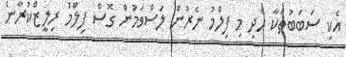
އެކި ސަބަބުތަކާ ހެދި މި ފިލްމު ނެރުން ލަސްވަމުން ގޮސް ފިލްމު ރިލީޒްކުރާނެ